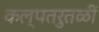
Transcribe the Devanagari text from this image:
कल्पतरुतळीं